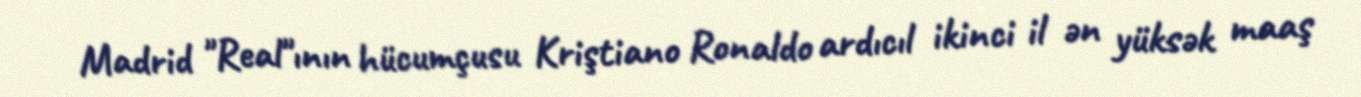
Madrid "Real"ının hücumçusu Kriştiano Ronaldo ardıcıl ikinci il ən yüksək maaş